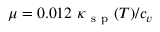
\mu = 0 . 0 1 2 \ \kappa _ { \mathrm { ~ s ~ p ~ } } ( T ) / c _ { v }